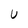
Character: U